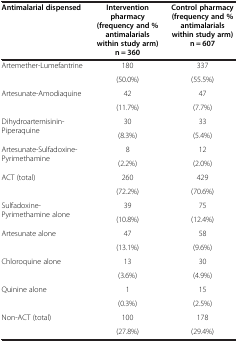
<table><thead><tr><td><b>Antimalarial dispensed</b></td><td><b>Intervention pharmacy (frequency and % antimalarials within study arm) n = 360</b></td><td><b>Control pharmacy (frequency and % antimalarials within study arm) n = 607</b></td></tr></thead><tbody><tr><td rowspan="2">Artemether-Lumefantrine</td><td>180</td><td>337</td></tr><tr><td>(50.0%)</td><td>(55.5%)</td></tr><tr><td rowspan="2">Artesunate-Amodiaquine</td><td>42</td><td>47</td></tr><tr><td>(11.7%)</td><td>(7.7%)</td></tr><tr><td rowspan="2">Dihydroartemisinin-Piperaquine</td><td>30</td><td>33</td></tr><tr><td>(8.3%)</td><td>(5.4%)</td></tr><tr><td rowspan="2">Artesunate-Sulfadoxine-Pyrimethamine</td><td>8</td><td>12</td></tr><tr><td>(2.2%)</td><td>(2.0%)</td></tr><tr><td rowspan="2">ACT (total)</td><td>260</td><td>429</td></tr><tr><td>(72.2%)</td><td>(70.6%)</td></tr><tr><td rowspan="2">Sulfadoxine-Pyrimethamine alone</td><td>39</td><td>75</td></tr><tr><td>(10.8%)</td><td>(12.4%)</td></tr><tr><td rowspan="2">Artesunate alone</td><td>47</td><td>58</td></tr><tr><td>(13.1%)</td><td>(9.6%)</td></tr><tr><td rowspan="2">Chloroquine alone</td><td>13</td><td>30</td></tr><tr><td>(3.6%)</td><td>(4.9%)</td></tr><tr><td rowspan="2">Quinine alone</td><td>1</td><td>15</td></tr><tr><td>(0.3%)</td><td>(2.5%)</td></tr><tr><td rowspan="2">Non-ACT (total)</td><td>100</td><td>178</td></tr><tr><td>(27.8%)</td><td>(29.4%)</td></tr></tbody></table>